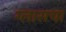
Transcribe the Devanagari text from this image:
ग्लासचा